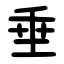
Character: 垂